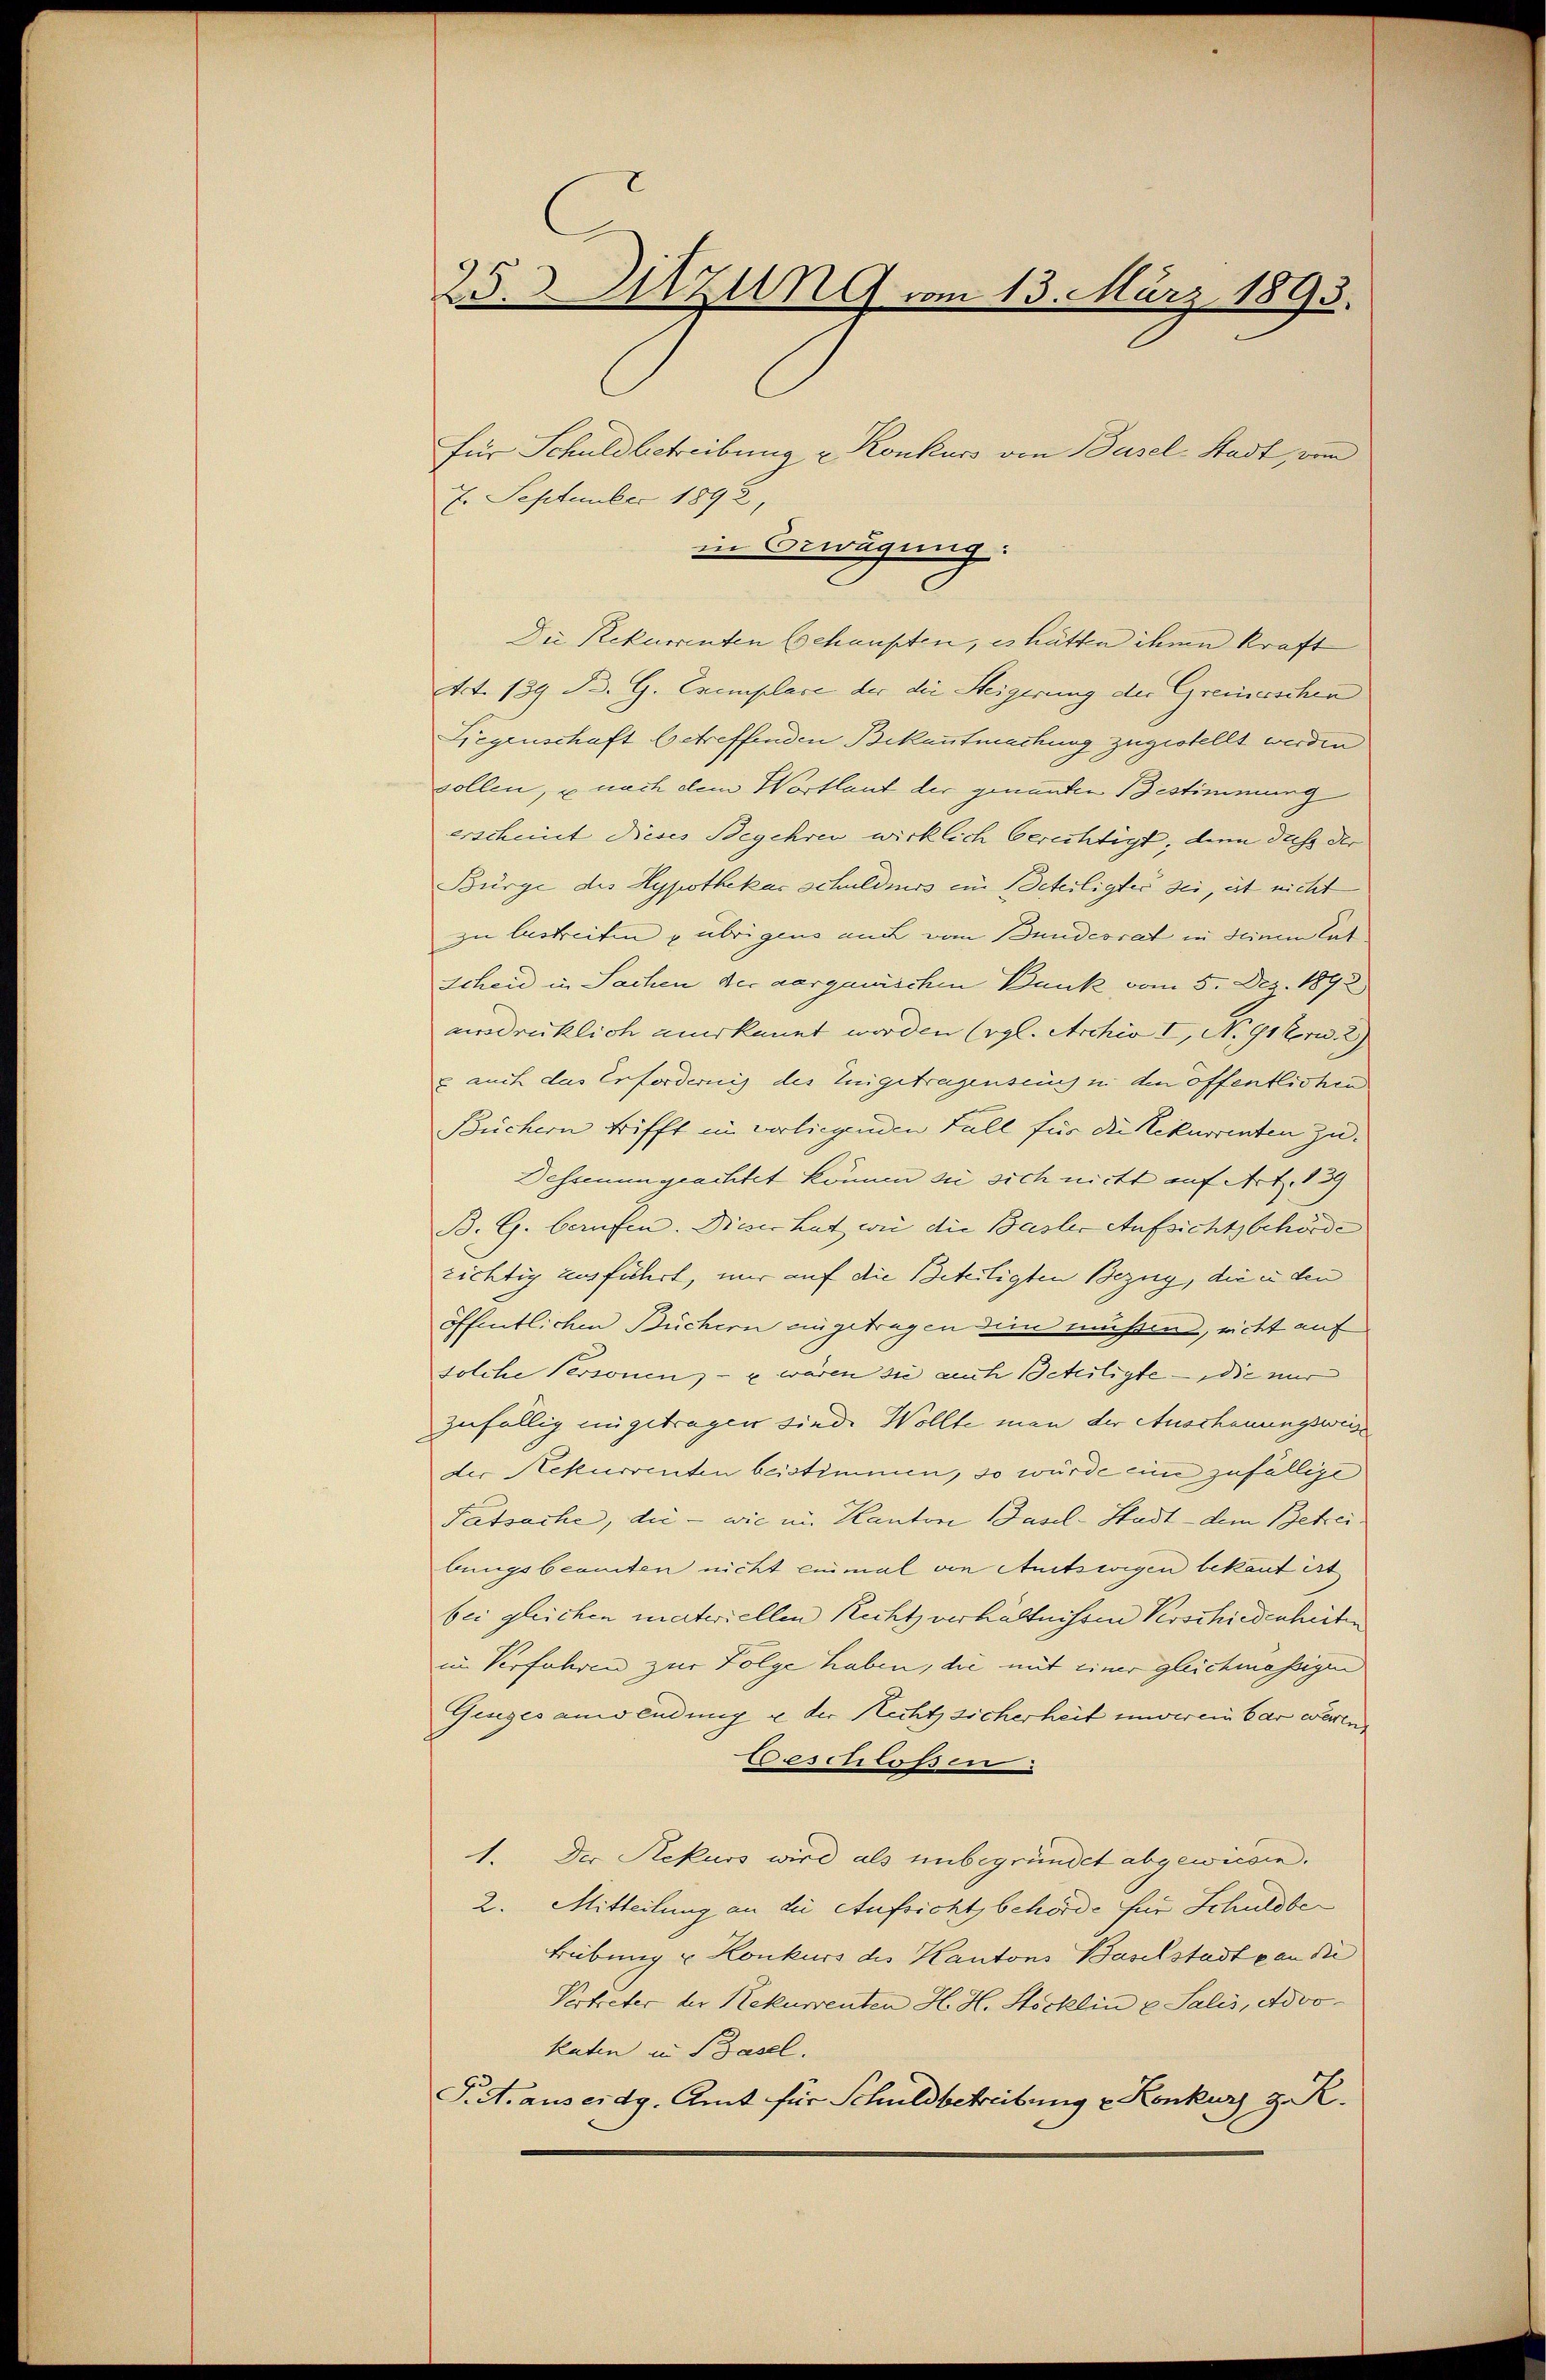
25. Sitzung vom 13. März 1893.

für Schuldbetreibung u Konkurs von Basel-Stadt, vom
7. September 1892,
Art. 139 B. G. Exemplace der die Steigerung der Greinischen
Liegenschaft betreffenden Bekanntmachung zugestellt werden
sollen, u nach dem Wortlaut der genanten Bestimmung
erscheint dieses Begehren wirklich berichtigt; denn dass der
Bürge des Hypothekas schuldners ein Beteiligtei sei, ist nicht
zu lastreiten & übrigens auch vom Bundesrat in seinen lat
schen in Sachen der aargauischen Bank vom 5. Dez. 1892
ausdrücklich anerkannt worden (vgl. Archiv I, No 91 Fr. 2
u auch das Erforderung des Leigetragenseing in den offentlichen
Büchern trifft in vorliegenden Fall für die Rekurrenten zu¬
Dessenungeachtet können sie sich nicht auf Art. 139
B. G. berufen. Dieser hat wie die Basler Aufsichtsbehörde
richtig ausführt, mir auf die Befertigten Bezug, die in den
öffentlichen Büchern eingetragen dein müssend, nicht auf
solche Personen, - x wären sie auch Beteiligte — die mir
zufällig eingetragen sind. Wollte man der Anschauungsweise
der Rekurrenten beistimmen, so würde eine zufällige
Tatsache, die - wie im Kanton Basel-Stadt - dem Betreibungsbeamten nicht einmal von Amtswegen bekant ist
bei gleichen materiellen Recht verhältnissen Verschiedenheiten
in Verfahren zur Folge haben, die mit einer gleichmässigen
Giges anwendung u der Recht sicherheit unverein bar waren
beschlossen:
1. Der Rekurs wird als unbegründet abgewiesen.
2. Mitteilung an die Aufsicht, behörde für Schuldbe¬
Lübung u Konkurs des Kantons Baselstadt an die
Vertreter der Rekurrenten H. H. Stöcklin u Salis, Advokaten in Basel.
P.A. aus eidg. Amt für Schuldbetreibung u Konkurs z. R.

in Bewegung:

Die Rekurrenten Schaupten, es hätten ihme Kraft